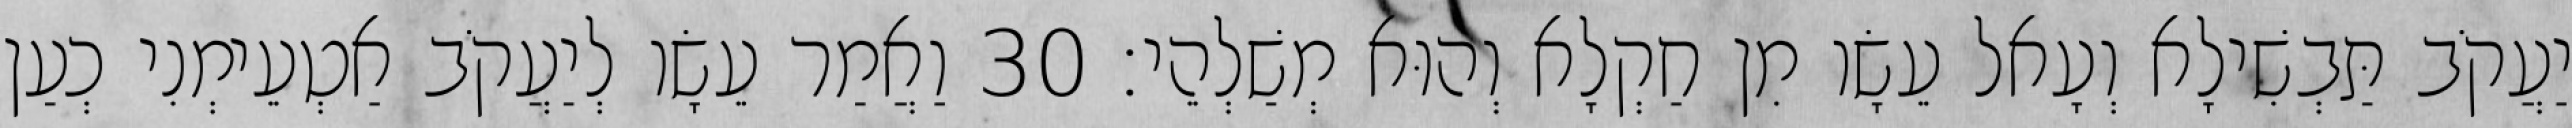
יַעֲקֹב תַּבְשִׁילָא וְעָאל עֵשָׂו מִן חַקְלָא וְהוּא מְשַׁלְהֵי׃ 30 וַאֲמַר עֵשָׂו לְיַעֲקֹב אַטְעֵימְנִי כְעַן